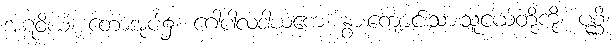
အဋဝိယံ၊ တောအုပ်၌။ ဂေါပါလဒါယကေ၊ နွားကျောင်းသားသူငယ်တို့ကို။ ပုစ္ဆိ၊